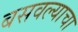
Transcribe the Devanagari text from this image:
बसवल्याचा